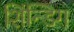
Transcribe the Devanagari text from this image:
शिंन्डिग